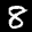
Label: 8